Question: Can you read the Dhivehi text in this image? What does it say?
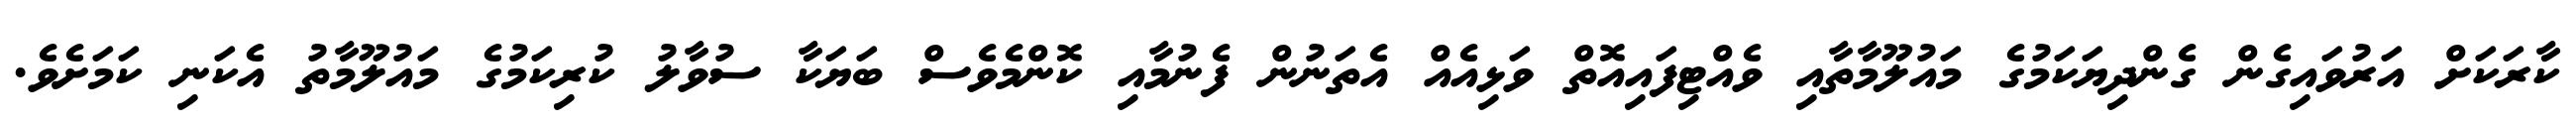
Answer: ކާރަކަށް އަރުވައިގެން ގެންދިޔަކަމުގެ މައުލޫމާތާއި ވެއްޓިފައިއޮތް ވަޅިއެއް އެތަނުން ފެނުމާއި ކޮންމެވެސް ބަޔަކާ ސުވާލު ކުރިކަމުގެ މައުލޫމާތު އެކަނި ކަމަށެވެ.